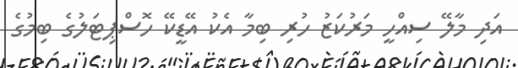
އަދި މާލޭ ސިއްހީ މަރުކަޒު ހުރި ބިމާ އެކު އޭޑީކޭ ހޮސްޕިޓަލުގެ ބިމުގެ